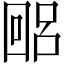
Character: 𫭐